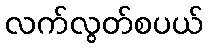
လက်လွတ်စပယ်